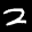
Label: 2